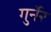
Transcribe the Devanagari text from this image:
गुर्नेर